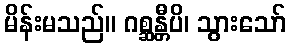
မိန်းမသည်။ ဂစ္ဆန္တီပိ၊ သွားသော်